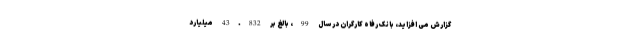
گزارش می افزاید، بانک رفاه کارگران در سال 99، بالغ بر 43.832 میلیارد